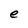
Character: e